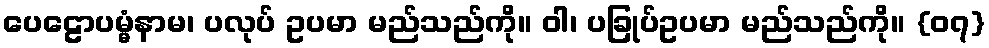
ပေဠောပမ္မံနာမ၊ ပလုပ် ဥပမာ မည်သည်ကို။ ဝါ၊ ပခြုပ်ဥပမာ မည်သည်ကို။ {၀၇}